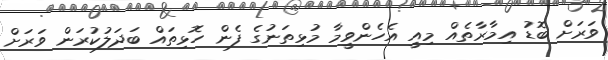
ވަރަށް ބޮޑު އިމާރާތެއް މިއީ އެހެންވީމާ މުޅިތަނުގެ ފެން ހޮޅިތައް ބަދަލުކުރަން ވަރަށް